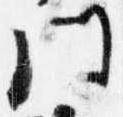
門